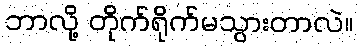
ဘာလို့ တိုက်ရိုက်မသွားတာလဲ။